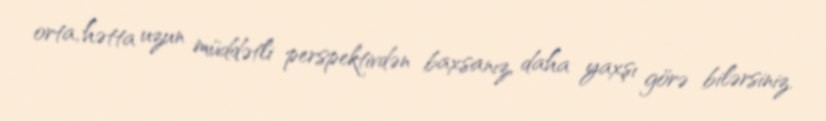
orta, hətta uzun müddətli perspektivdən baxsanız, daha yaxşı görə bilərsiniz.